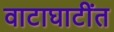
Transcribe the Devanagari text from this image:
वाटाघाटींत